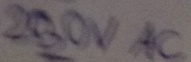
Text: 230V AC